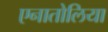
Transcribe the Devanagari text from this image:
एनातोलिया